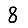
Digit: 8